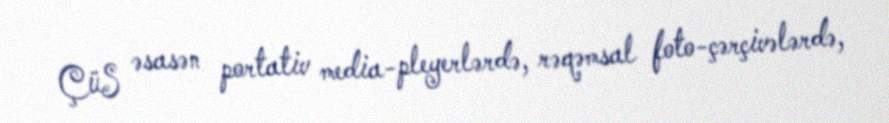
ÇüS əsasən portativ media-pleyerlərdə, rəqəmsal foto-çərçivələrdə,